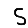
Digit: 5